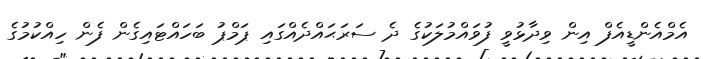
އެމްއެންޑީއެފް އިން ވިދާޅުވީ ފުވައްމުލަކުގެ ދެ ސަރަޙައްދެއްގައި ޕަމްޕު ބަހައްޓައިގެން ފެން ހިއްކުމުގެ